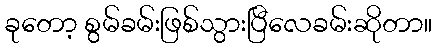
ခုတော့ စွမ်ခမ်းဖြစ်သွားပြီလေခမ်းဆိုတာ။